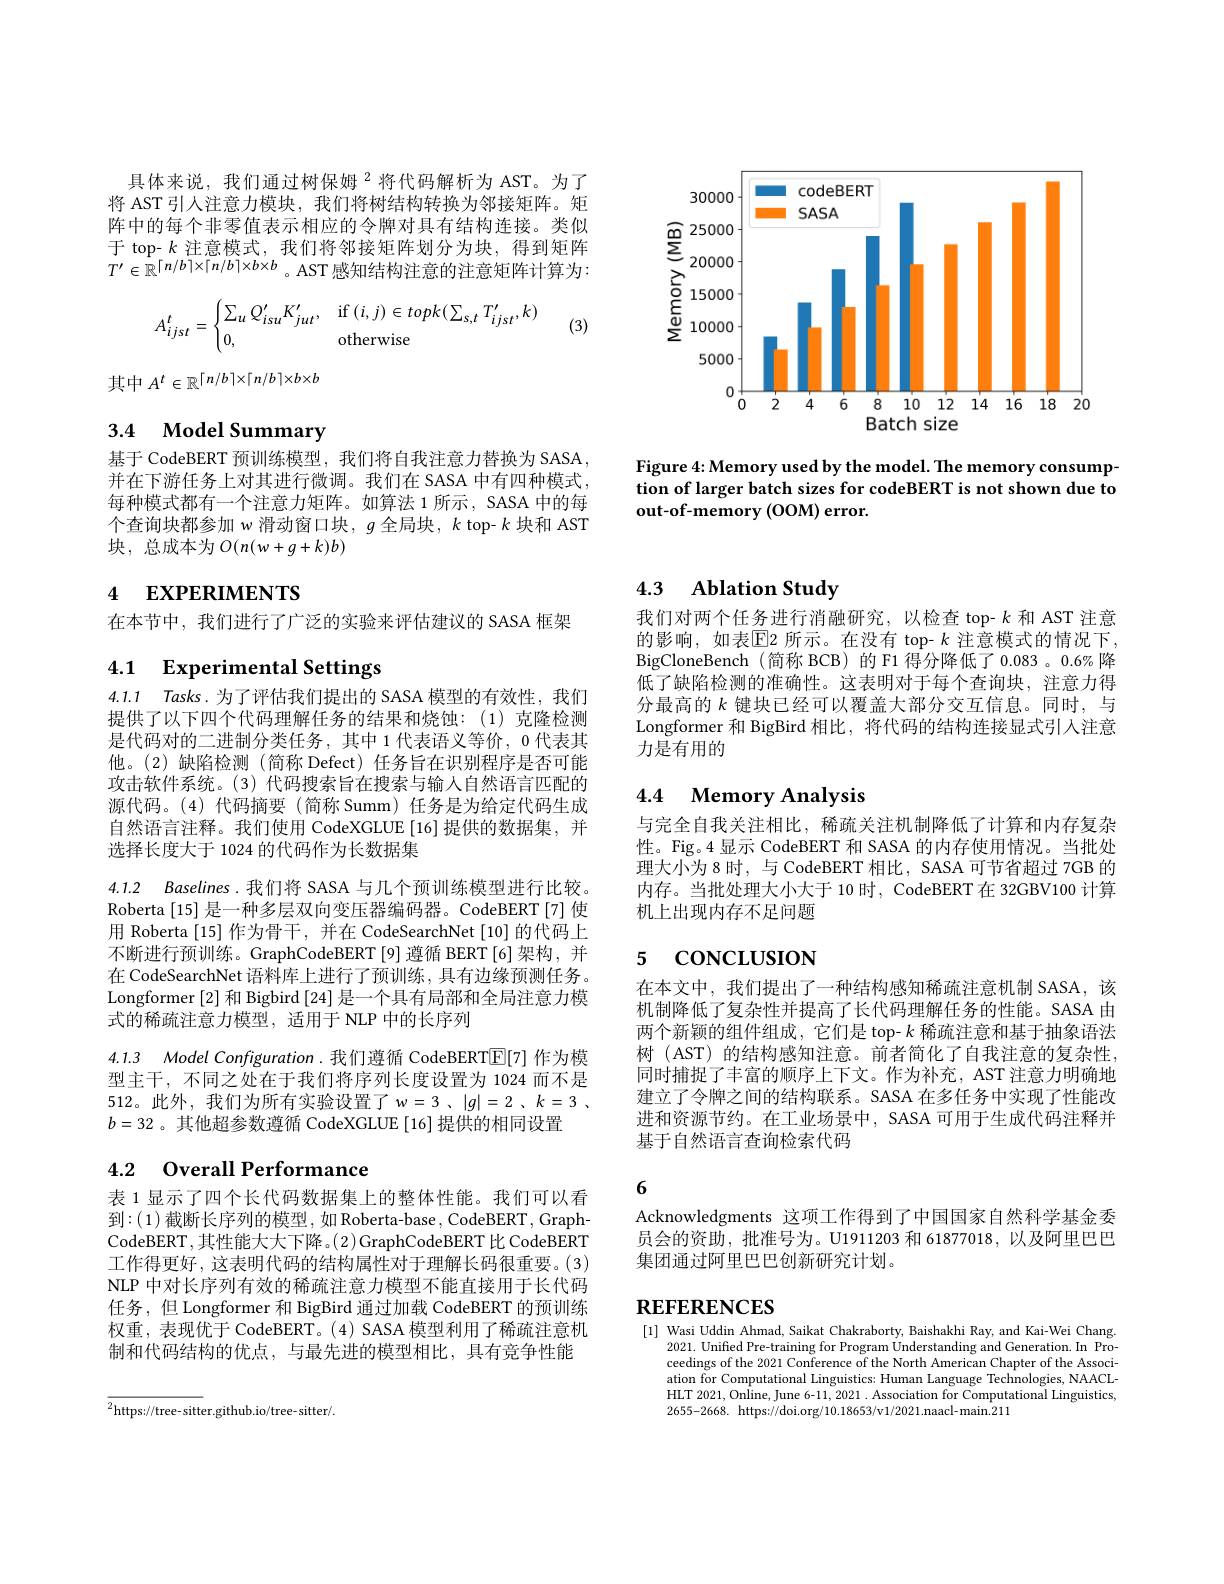
<FigureHere>

Figure 4: Memory used by the model. The memory consumption of larger batch sizes for codeBERT is not shown due to out-of-memory (OOM) error

具体来说，我们通过树保姆$^{2}$将代码解析为 AST。为了将 AST 引人注意力模块，我们将树结构转换为邻接矩阵。矩阵中的每个非零值表示相应的令牌对具有结构连接。类似于 top- $k$注意模式，我们将邻接矩阵划分为块，得到矩阵$T^{\prime}\in\mathbb{R}^{\lceil n/b\rceil\times\lceil n/b\rceil\times b\times b}$。AST感知结构注意的注意矩阵计算为：
$$A_{ijst}^t=\begin{cases}\sum_uQ_{isu}'K_{jut}',&\text{if}(i,j)\in topk(\sum_{s,t}T_{ijst}',k)\\0,&\text{otherwise}\end{cases}$$
(3)

其中$A^t\in\mathbb{R}^\lceil n/b\rceil\times\lceil n/b\rceil\times b\times b$

# 3.4 Model Summary

基于 CodeBERT 预训练模型，我们将自我注意力替换为 SASA 并在下游任务上对其进行微调。我们在 SASA 中有四种模式， 每种模式都有一个注意力矩阵。如算法 1 所示，SASA 中的每个查询块都参加 w 滑动窗口块，$g$全局块，$k$ top- $k$块和 AST 块，总成本为$O(n(w+g+k)b)$

# 4 EXPERIMENTS

在本节中，我们进行了广泛的实验来评估建议的 SASA 框架

# 4.1 Experimental Settings

4.1.1 Tasks.为了评估我们提出的 SASA 模型的有效性，我们提供了以下四个代码理解任务的结果和烧蚀：(1)克隆检测是代码对的二进制分类任务，其中 1 代表语义等价，0 代表其他。(2)缺陷检测(简称 Defect)任务旨在识别程序是否可能攻击软件系统。(3) 代码搜索旨在搜索与输人自然语言匹配的源代码。(4)代码摘要(简称 Summ)任务是为给定代码生成自然语言注释。我们使用 CodeXGLUE [16] 提供的数据集，并选择长度大于 1024 的代码作为长数据集

4.1.2 Baselines .我们将 SASA 与几个预训练模型进行比较。Roberta [15] 是一种多层双向变压器编码器。CodeBERT[7] 使用 Roberta [15] 作为骨干，并在 CodeSearchNet [10] 的代码上不断进行预训练。GraphCodeBERT[9]遵循 BERT[6]架构，并在 CodeSearchNet 语料库上进行了预训练，具有边缘预测任务。Longformer [2] 和 Bigbird [24] 是一个具有局部和全局注意力模式的稀疏注意力模型，适用于 NLP 中的长序列

4.1.3 Model Configuration.我们遵循 CodeBERT$\boxed{\mathrm{E}}[7]$作为模

型主干，不同之处在于我们将序列长度设置为 1024 而不是512。此外，我们为所有实验设置了$w=3$、$|g|=2$、$k=3$、 $b=32$ 。其他超参数遵循 CodeXGLUE [16] 提供的相同设置

# 4.2 0verall Performance

表 1 显示了四个长代码数据集上的整体性能。我们可以看到：(1)截断长序列的模型，如 Roberta-base, CodeBERT, GraphCodeBERT ,其性能大大下降。(2)GraphCodeBERT 比 CodeBERT 工作得更好，这表明代码的结构属性对于理解长码很重要。(3) NLP 中对长序列有效的稀疏注意力模型不能直接用于长代码任务，但 Longformer 和 BigBird 通过加载 CodeBERT 的预训练权重，表现优于 CodeBERT。(4) SASA 模型利用了稀疏注意机制和代码结构的优点，与最先进的模型相比，具有竞争性能

# 4.3 Ablation Study

我们对两个任务进行消融研究，以检查 top-$k$和 AST 注意的影响，如表$\overline{\mathrm{E}}$2 所示。在没有 top- $k$ 注意模式的情况下， BigCloneBench (简称 BCB) 的 F1 得分降低了 0.083 。0.6% 降低了缺陷检测的准确性。这表明对于每个查询块，注意力得分最高的$k$ 键块已经可以覆盖大部分交互信息。同时，与Longformer 和 BigBird 相比，将代码的结构连接显式引人注意力是有用的

# 4.4 Memory Analysis

与完全自我关注相比，稀疏关注机制降低了计算和内存复杂性。Fig。4 显示 CodeBERT 和 SASA 的内存使用情况。当批处理大小为8时，与 CodeBERT 相比，SASA 可节省超过 7GB 的内存。当批处理大小大于 10 时，CodeBERT 在 32GBV100 计算机上出现内存不足问题

# 5 CONCLUSION

在本文中，我们提出了一种结构感知稀疏注意机制 SASA,该机制降低了复杂性并提高了长代码理解任务的性能。SASA 由两个新颖的组件组成，它们是 top- $k$稀疏注意和基于抽象语法树 (AST) 的结构感知注意。前者简化了自我注意的复杂性同时捕捉了丰富的顺序上下文。作为补充，AST 注意力明确地建立了令牌之间的结构联系。SASA 在多任务中实现了性能改进和资源节约。在工业场景中，SASA 可用于生成代码注释并基于自然语言查询检索代码

## 6

Acknowledgments 这项工作得到了中国国家自然科学基金委员会的资助，批准号为。U1911203 和 61877018, 以及阿里巴巴集团通过阿里巴巴创新研究计划。

# $REFERENCES$

[1] Wasi Uddin Ahmad, Saikat Chakraborty, Baishakhi Ray, and Kai-Wei Chang.
2021. Unifed Pre-training for Program Understanding and Generation.In Pro ceedings of the 2021 Conference of the North American Chapter of the Association for Computational Linguistics: Human Language Technologies, NAACLHLT 2021, Online, June 6-11, 2021 . Association for Computational Linguistics, 2655-2668. https://doi.org/10.18653/v1/2021.naacl-main.211

$^{2}$https://tree-sitter.github.io/tree-sitter/.